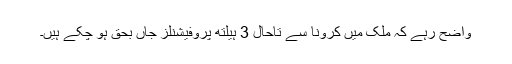
واضح رہے کہ ملک میں کرونا سے تاحال 3 ہیلتھ پروفیشنلز جاں بحق ہو چکے ہیں۔